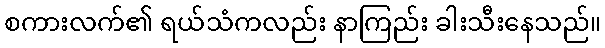
စကားလက်၏ ရယ်သံကလည်း နာကြည်း ခါးသီးနေသည်။